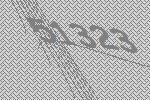
51323